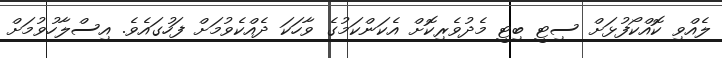
ލެއްވި ކޮއްކޯފުޅަށް ސިޓީ ބިޓީ މެދުވެރިކޮށް އެކަންކަމުގެ ވާހަކަ ދެއްކެވުމަށް ފަހުގައެވެ. އިސްލާހުވުމަށް